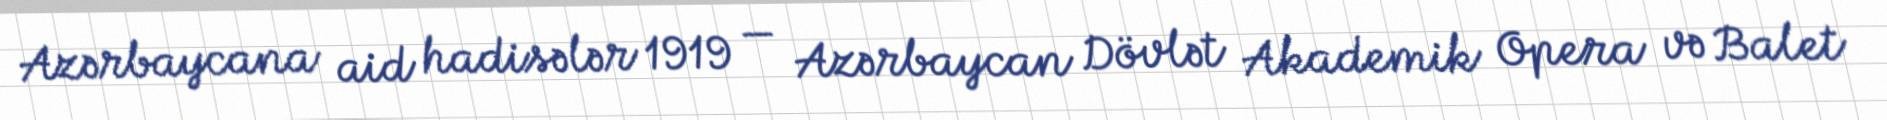
Azərbaycana aid hadisələr 1919 — Azərbaycan Dövlət Akademik Opera və Balet